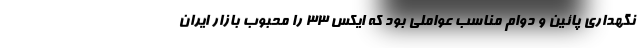
نگهداری پائین و دوام مناسب عواملی بود که ایکس 33 را محبوب بازار ایران